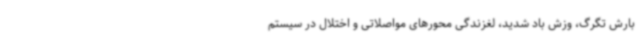
بارش تگرگ، وزش باد شدید، لغزندگی محورهای مواصلاتی و اختلال در سیستم